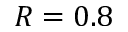
R = 0 . 8